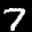
Label: 7